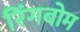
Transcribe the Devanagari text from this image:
रिंगबोम